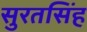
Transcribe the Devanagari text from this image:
सुरतसिंह